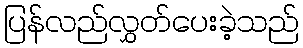
ပြန်လည်လွှတ်ပေးခဲ့သည်